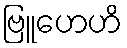
ဗြူဟေဟိ